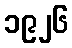
၁၉၂၆